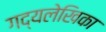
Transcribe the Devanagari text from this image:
गद्यलेखिका